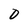
Character: 0